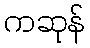
ကဆုန်